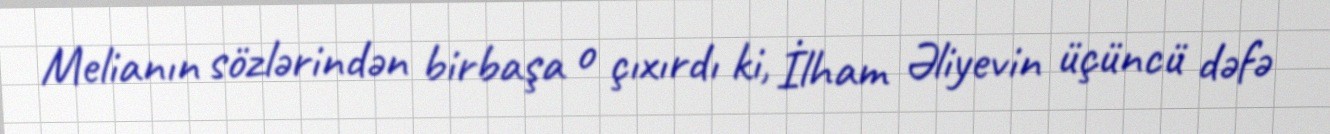
Melianın sözlərindən birbaşa o çıxırdı ki, İlham Əliyevin üçüncü dəfə